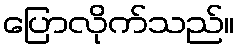
ပြောလိုက်သည်။